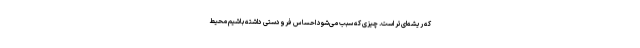
که ریشه‌ای‌تر است. چیزی که سبب می‌شود احساس فرودستی داشته باشیم محیط